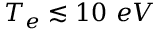
T _ { e } \lesssim 1 0 ~ e V